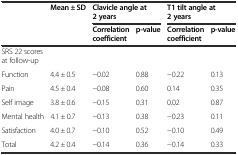
|  | Mean ± SD | <COLSPAN=2> Clavicle angle at 2 years | <COLSPAN=2> T1 tilt angle at 2 years |
 |  |  | Correlation coefficient | p-value | Correlation coefficient | p-value |
 | --- | --- | --- | --- | --- | --- |
 | SRS 22 scores at follow-up |  |  |  |  |  |
 | Function | 4.4 ± 0.5 | −0.02 | 0.88 | −0.22 | 0.13 |
 | Pain | 4.5 ± 0.4 | −0.08 | 0.60 | 0.14 | 0.35 |
 | Self image | 3.8 ± 0.6 | −0.15 | 0.31 | 0.02 | 0.87 |
 | Mental health | 4.1 ± 0.7 | −0.13 | 0.38 | −0.23 | 0.11 |
 | Satisfaction | 4.0 ± 0.7 | −0.10 | 0.52 | −0.10 | 0.49 |
 | Total | 4.2 ± 0.4 | −0.14 | 0.36 | −0.14 | 0.33 |